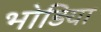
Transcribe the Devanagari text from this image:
भोड़िया